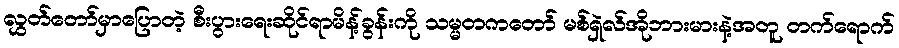
လွှတ်တော်မှာပြောတဲ့ စီးပွားရေးဆိုင်ရာမိန့်ခွန်းကို သမ္မတကတော် မစ်ရှဲလ်အိုဘားမားနဲ့အတူ တက်ရောက်